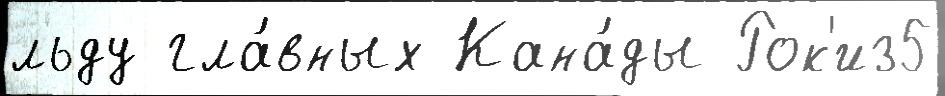
льду гла́вных Кана́ды Рок'из5